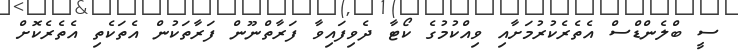
ސީ ބްލެންޑްސް އެތެރެކުރުމަށާއި ވިއްކުމުގެ ކޯޓާ ދެވިފައިވާ ފަރާތްނޫން ފަރާތަކުން އެތަކެތި އެތެރެކޮށް